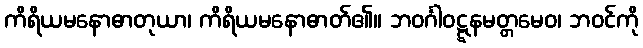
ကိရိယမနောဓာတုယာ၊ ကိရိယမနောဓာတ်၏။ ဘဝင်္ဂါဝဋ္ဋနမတ္တမေဝ၊ ဘဝင်ကို